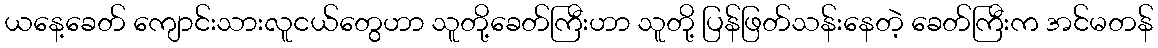
ယနေ့ခေတ် ကျောင်းသားလူငယ်တွေဟာ သူတို့ခေတ်ကြီးဟာ သူတို့ ပြန်ဖြတ်သန်းနေတဲ့ ခေတ်ကြီးက အင်မတန်